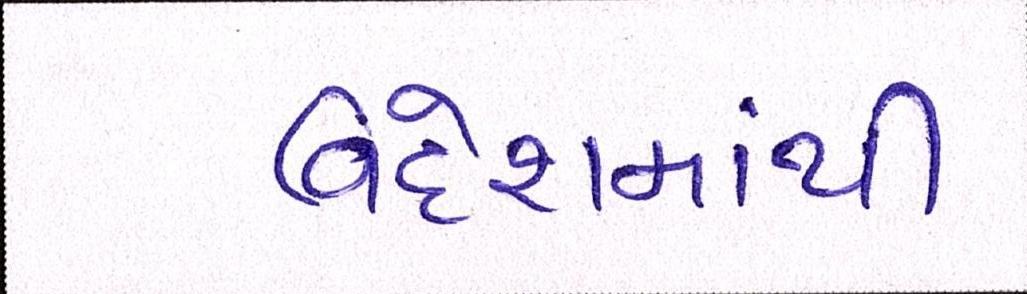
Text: વિદેશમાંથી